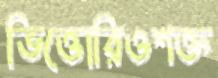
ভিত্তোরিওশক্ত